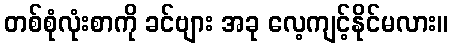
တစ်စုံလုံးစာကို ခင်ဗျား အခု လေ့ကျင့်နိုင်မလား။